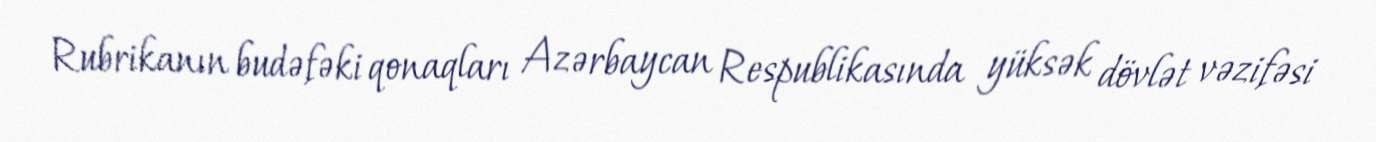
Rubrikanın budəfəki qonaqları Azərbaycan Respublikasında yüksək dövlət vəzifəsi